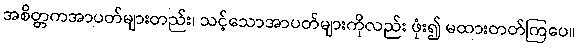
အစိတ္တကအာပတ်များတည်း၊ သင့်သောအာပတ်များကိုလည်း ဖုံး၍ မထားတတ်ကြပေ။